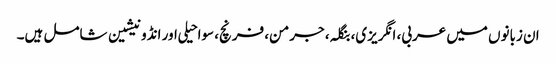
ان زبانوں میں عربی، انگریزی، بنگلہ، جرمن، فرنچ، سواحیلی اور انڈونیشین شامل ہیں۔